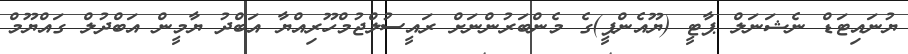
ޔުނައިޓަޑް ނެޝަނަލް ޕާޓީ (ޔޫއެންޕީ)ގެ މެންބަރުންނަށް ރައީސުލްޖުމްހޫރިއްޔާ އަބްދު ޔާމީން އަބްދުލް ގައްޔޫމް